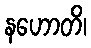
နဟောတိ၊